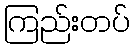
ကြည်းတပ်